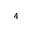
^ { 4 }